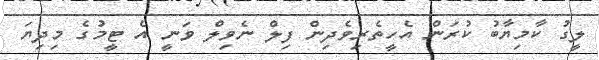
ލީގު ކާމިޔާބު ކުރަން އެހީތެރިވެދިން ފިލް ނެވިލް ވަނީ އެ ޓީމުގެ މިދިޔަ